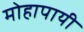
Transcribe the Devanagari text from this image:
मोहापायी